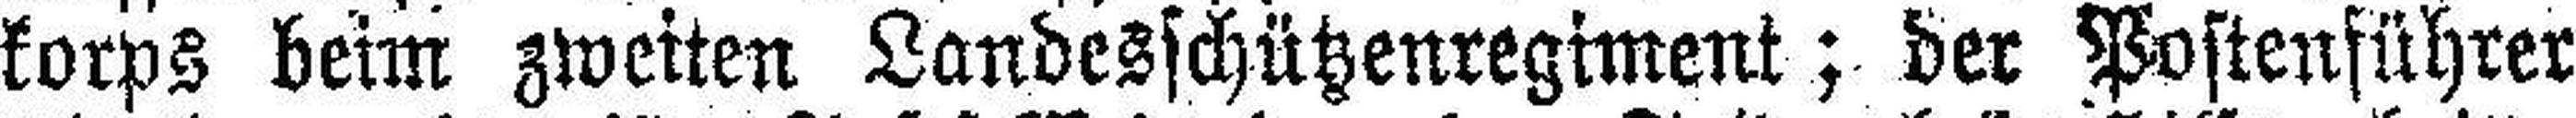
korps beim zweiten Landesschützenregiment; der Postenführer